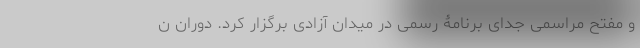
و مفتح مراسمی جدای برنامۀ رسمی در میدان آزادی برگزار کرد. دوران ن